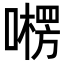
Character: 㘄